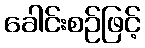
ခေါင်းစဉ်ဖြင့်